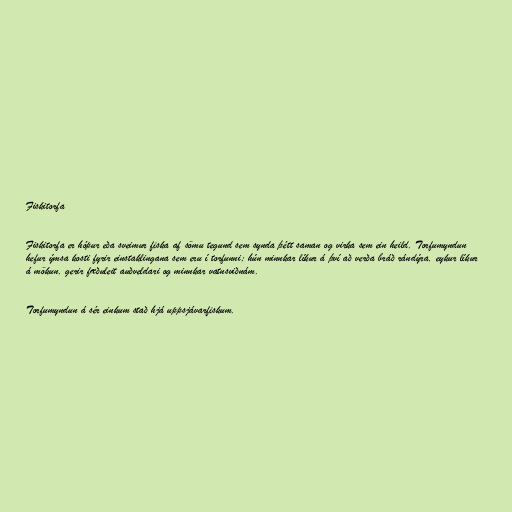
Fiskitorfa

Fiskitorfa er hópur eða sveimur fiska af sömu tegund sem synda þétt saman og virka sem ein heild. Torfumyndun
hefur ýmsa kosti fyrir einstaklingana sem eru í torfunni; hún minnkar líkur á því að verða bráð rándýra, eykur líkur
á mökun, gerir fæðuleit auðveldari og minnkar vatnsviðnám.

Torfumyndun á sér einkum stað hjá uppsjávarfiskum.